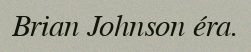
Brian Johnson éra.